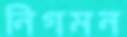
নিগমন